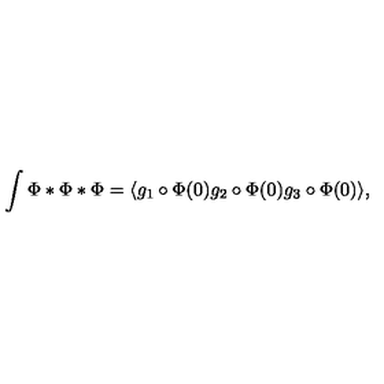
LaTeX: \int \Phi * \Phi * \Phi = \langle g _ { 1 } \circ \Phi ( 0 ) g _ { 2 } \circ \Phi ( 0 ) g _ { 3 } \circ \Phi ( 0 ) \rangle ,